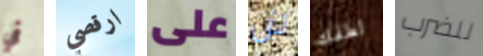
في ارقصي على لأن لطفك للضرب